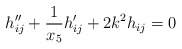
\begin{align*}h_{ij}''+\frac{1}{x_5}h_{ij}'+2k^2h_{ij}=0\end{align*}